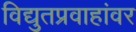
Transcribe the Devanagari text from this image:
विद्युतप्रवाहांवर